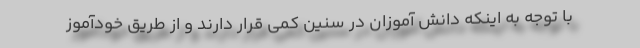
با توجه به اینکه دانش آموزان در سنین کمی قرار دارند و از طریق خودآموز